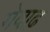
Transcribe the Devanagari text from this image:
मेवाढ़